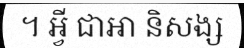
។ អ្វី ជាឤ និសង្ស